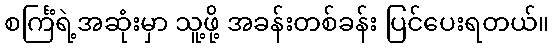
စင်္ကြံရဲ့အဆုံးမှာ သူ့ဖို့ အခန်းတစ်ခန်း ပြင်ပေးရတယ်။